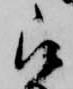
被